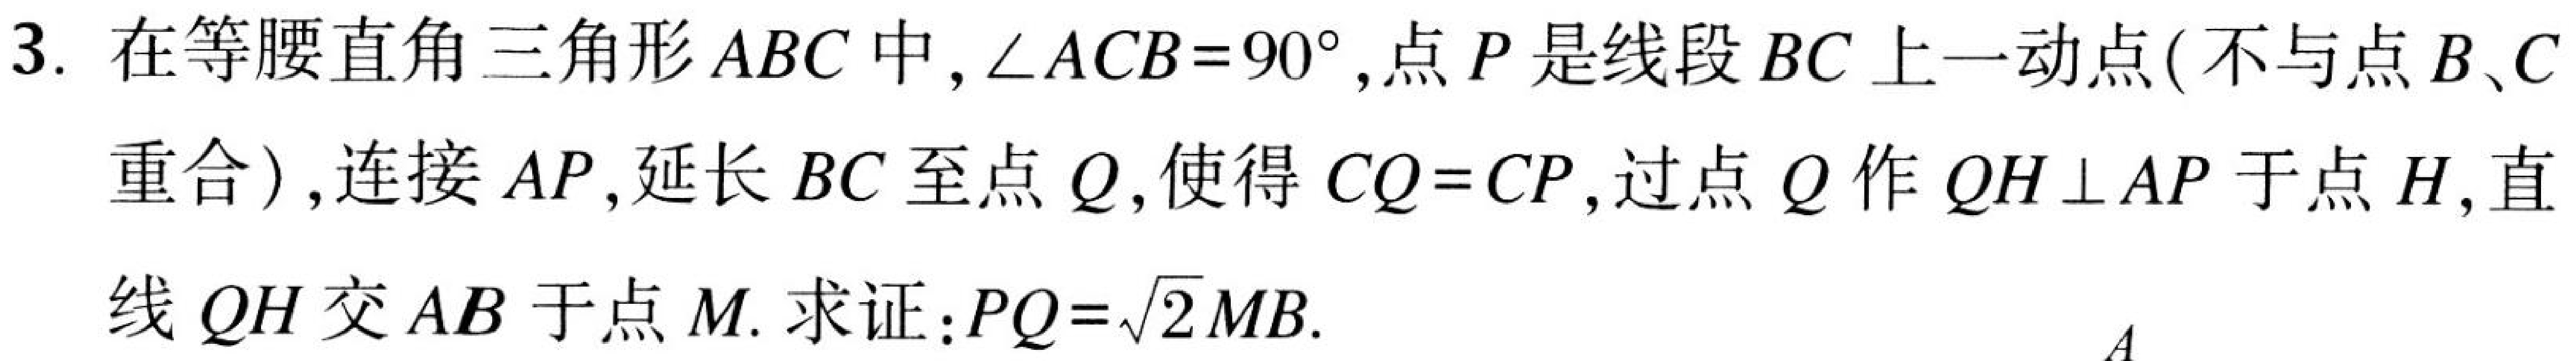
3. 在等腰直角三角形 \(ABC\) 中, \(\angle ACB = 90^{\circ}\),点 \(P\) 是线段 \(BC\) 上一动点( 不与点 \(B\)、\(C\)
重合 ),连接 \(AP\),延长 \(BC\) 至点 \(Q\),使得 \(CQ = CP\),过点 \(Q\) 作 \(QH\perp AP\) 于点 \(H\),直
线 \(QH\) 交 \(AB\) 于点 \(M\). 求证：\(PQ=\sqrt{2}MB\).